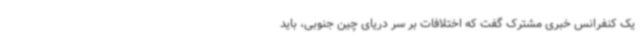
یک کنفرانس خبری مشترک گفت که اختلافات بر سر دریای چین جنوبی، باید